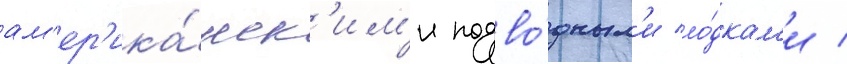
ам'ер'ика́нск'им'и подво́дным'и ло́дкам'и /